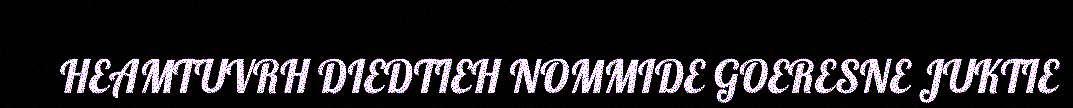
HEAMTUVRH DIEDTIEH NOMMIDE GOERESNE JUKTIE